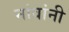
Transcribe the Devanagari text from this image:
नांवांनी